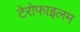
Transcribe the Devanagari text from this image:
टेरोफाइलम